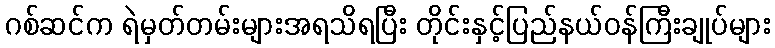
ဂစ်ဆင်က ရဲမှတ်တမ်းများအရသိရပြီး တိုင်းနှင့်ပြည်နယ်ဝန်ကြီးချုပ်များ